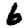
Digit: 6